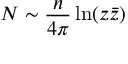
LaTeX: N \sim \frac { n } { 4 \pi } \ln ( z \bar { z } )